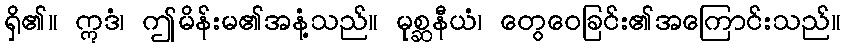
ရှိ၏။ ဣဒံ၊ ဤမိန်းမ၏အနံ့သည်။ မုစ္ဆနီယံ၊ တွေဝေခြင်း၏အကြောင်းသည်။